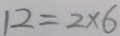
1 2 = 2 \times 6